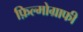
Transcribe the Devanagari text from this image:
फ़िल्मोग्राफी